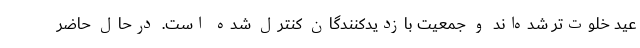
عید خلوت‌تر شده‌اند و جمعیت بازدیدکنندگان کنترل شده است. درحال حاضر